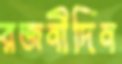
রজনীদিন